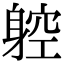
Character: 躻